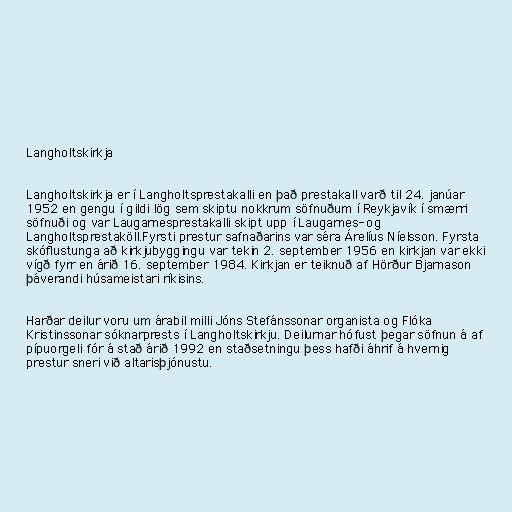
Langholtskirkja

Langholtskirkja er í Langholtsprestakalli en það prestakall varð til 24. janúar
1952 en gengu í gildi lög sem skiptu nokkrum söfnuðum í Reykjavík í smærri
söfnuði og var Laugarnesprestakalli skipt upp í Laugarnes- og
Langholtsprestaköll.Fyrsti prestur safnaðarins var séra Árelíus Níelsson. Fyrsta
skóflustunga að kirkjubyggingu var tekin 2. september 1956 en kirkjan var ekki
vígð fyrr en árið 16. september 1984. Kirkjan er teiknuð af Hörður Bjarnason
þáverandi húsameistari ríkisins.

Harðar deilur voru um árabil milli Jóns Stefánssonar organista og Flóka
Kristinssonar sóknarprests í Langholtskirkju. Deilurnar hófust þegar söfnun á af
pípuorgeli fór á stað árið 1992 en staðsetningu þess hafði áhrif á hvernig
prestur sneri við altarisþjónustu.